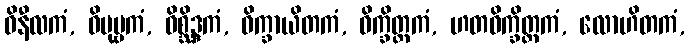
ဝိနီလကံ, ဝိပုဗ္ဗကံ, ဝိစ္ဆိဒ္ဒကံ, ဝိက္ခာယိတကံ, ဝိက္ခိတ္တကံ, ဟတဝိက္ခိတ္တကံ, လောဟိတကံ,